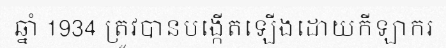
ឆ្នាំ 1934 ត្រូវបានបង្កើតឡើងដោយកីឡាករ